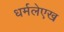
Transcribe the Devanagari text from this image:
धर्मलेएख